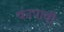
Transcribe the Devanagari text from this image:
कापावी